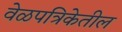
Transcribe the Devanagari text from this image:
वेळपत्रिकेतील